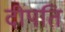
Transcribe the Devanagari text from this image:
दीपति